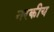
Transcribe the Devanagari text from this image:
नरकीय